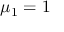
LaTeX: \mu _ { 1 } = 1